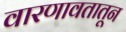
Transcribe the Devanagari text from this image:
वारणावतातून